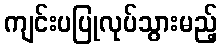
ကျင်းပပြုလုပ်သွားမည့်